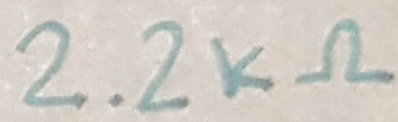
Text: 2.2kΩ